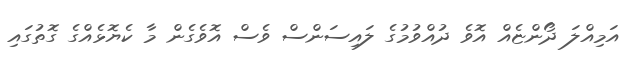
އަމިއްލަ ދޯންޏެއް އޮވެ ދުއްވުމުގެ ލައިސަންސް ވެސް އޮވެގެން މާ ކެޔޮޅެއްގެ ގޮތުގައި